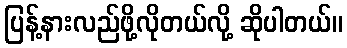
ပြန့်နားလည်ဖို့လိုတယ်လို့ ဆိုပါတယ်။